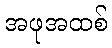
အဖုအထစ်